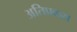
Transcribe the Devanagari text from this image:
अतिप्रवास